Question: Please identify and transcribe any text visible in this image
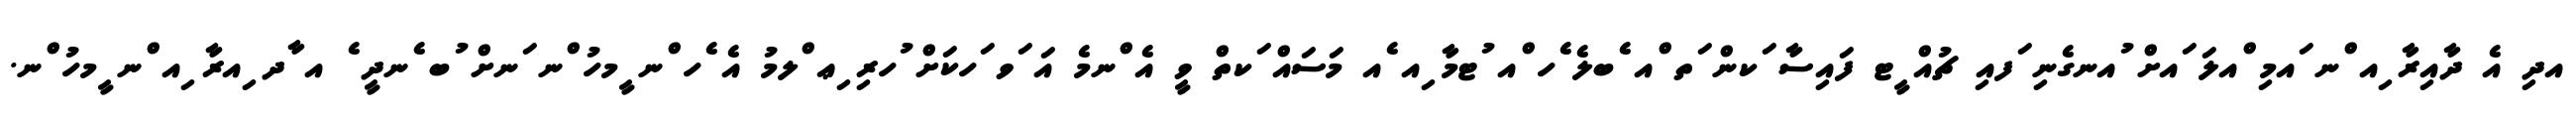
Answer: އދި އެ ދާއިރާ ިއ ްނ ައމި ްއލަ ައށް ުއނގެނި ަފއި ޗުއް ީޓ ފައިސާ ަކން ަތ ްއ ެބލެ ެހ ްއ ުޓމާ ިއ ެއ މަސައް ަކތް ވީ އެ ްނމެ އަ ަވ ަހކަށް ުހރި ިޢ ްލމު އެ ެހ ްނ ީމހު ްނ ަނށް ުބ ެނދީ ެ އ ާދ ިއރާ ިއ ްނ ީމހު ްނ.